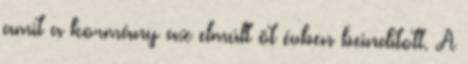
amit a kormány az elmúlt öt évben beindított. A